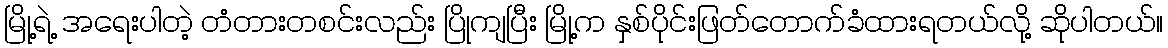
မြို့ရဲ့ အရေးပါတဲ့ တံတားတစင်းလည်း ပြိုကျပြီး မြို့က နှစ်ပိုင်းဖြတ်တောက်ခံထားရတယ်လို့ ဆိုပါတယ်။